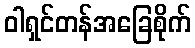
ဝါရှင်တန်အခြေစိုက်